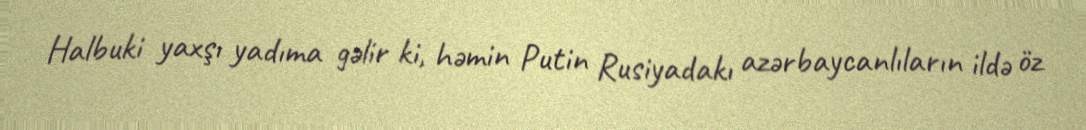
Halbuki yaxşı yadıma gəlir ki, həmin Putin Rusiyadakı azərbaycanlıların ildə öz